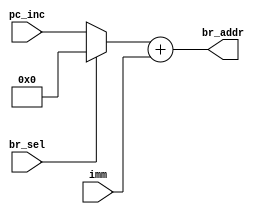
module br (pc_inc, imm, br_sel, br_addr);

  /*
   *  BRANCH ADDRESS CALCULATOR - br.v
   *
   *  Inputs:
   *   - pc_inc (16 bits): Equal to PC+1, which is the base that relative
   *        branch addresses are added to. Comes from the program counter
   *        module (pc.v).
   *   - imm (16 bits): The immediate value from the instruction.
   *   - br_sel: Controls whether to add the immediate value to PC+1
   *        (relative branch, br_sel = 0) or to add it to 0 (absolute branch,
   *        br_sel = 1).
   *
   *  Outputs:
   *   - br_addr (16 bits): The computed branch address, ready to be passed
   *        to the program counter module. This module does NOT decide
   *        whether or not the branch is taken; it only computes the
   *        potential address to be branched to.
   *
   */

  input  [15:0] pc_inc;
  input  [15:0] imm;
  input         br_sel;
  output [15:0] br_addr;
 
  reg   [15:0] br_in;
   
  always @ (pc_inc, br_sel)
  begin
    if (br_sel == 1'b1)
      br_in <= 16'h0000;
    else
      br_in <= pc_inc;
  end

  assign br_addr = br_in + imm;

endmodule